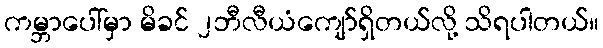
ကမ္ဘာပေါ်မှာ မိခင် ၂ဘီလီယံကျော်ရှိတယ်လို့ သိရပါတယ်။